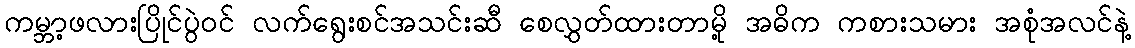
ကမ္ဘာ့ဖလားပြိုင်ပွဲဝင် လက်ရွေးစင်အသင်းဆီ စေလွှတ်ထားတာမို့ အဓိက ကစားသမား အစုံအလင်နဲ့